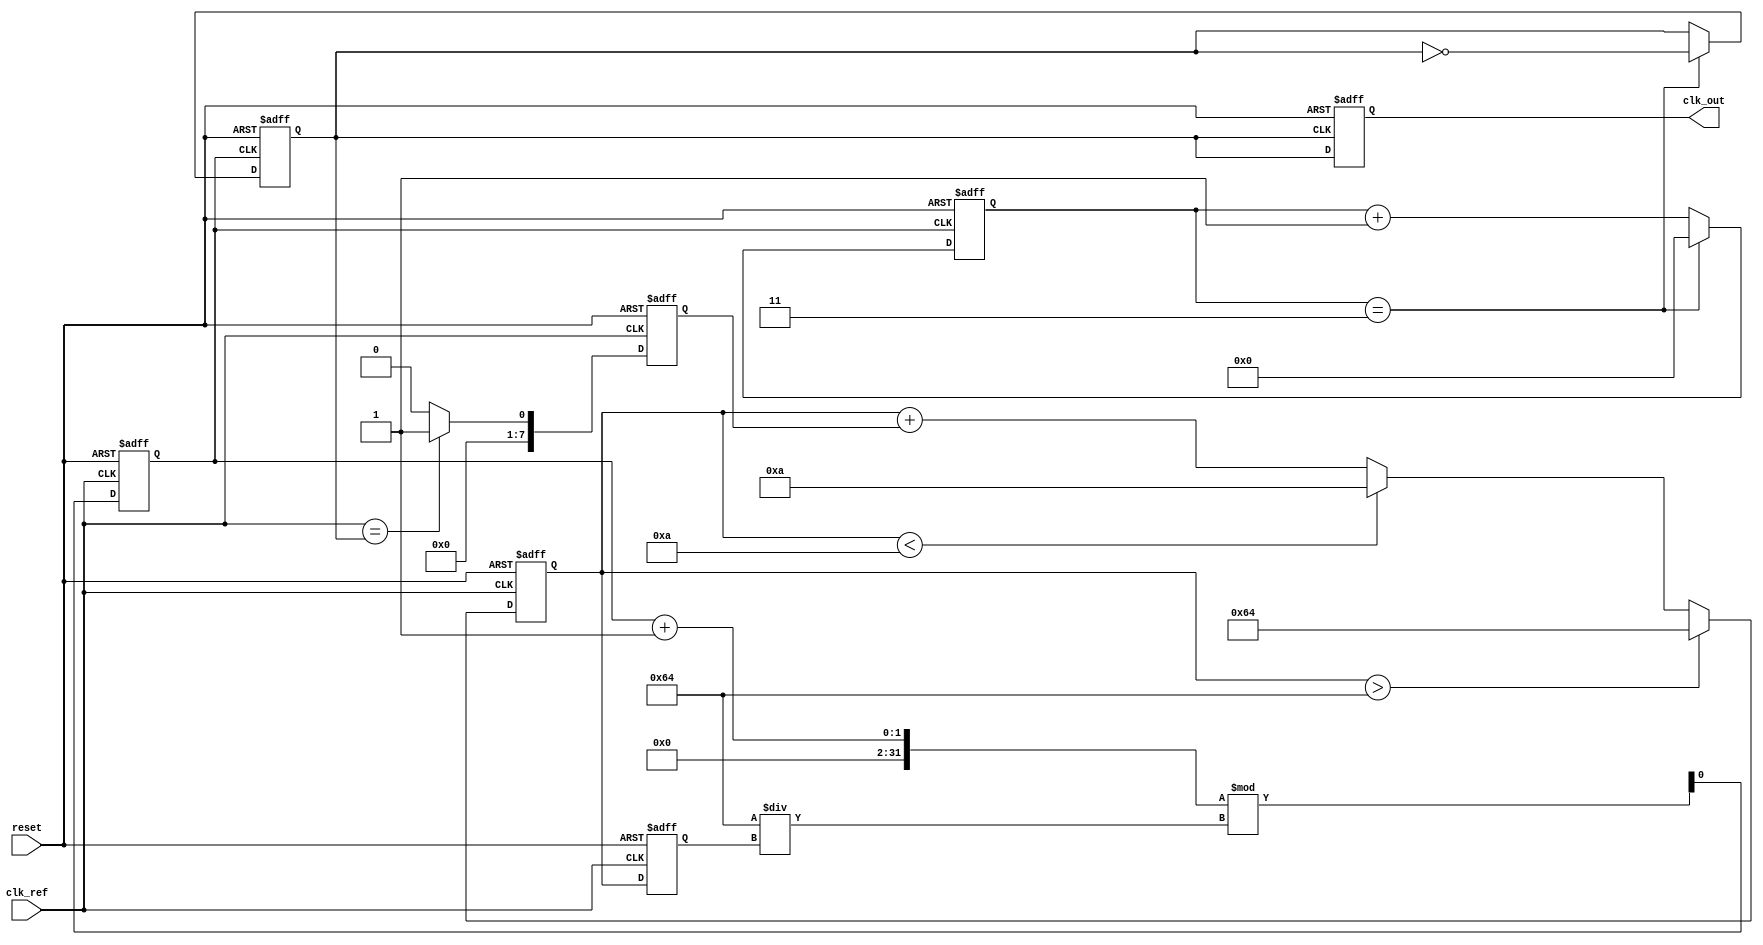
module dual_loop_pll (
    input wire clk_ref,          // Reference clock input
    input wire reset,           // Asynchronous reset
    output reg clk_out          // Output clock
);

// Parameters
parameter DIV_FACTOR = 4;     // Frequency divider factor
parameter VCO_MAX_FREQ = 100; // Maximum VCO frequency (arbitrary units)
parameter VCO_MIN_FREQ = 10;  // Minimum VCO frequency (arbitrary units)

// Internal signals
reg [7:0] phase_error;         // Phase error signal
reg [7:0] control_voltage;      // Control voltage for VCO
reg [7:0] vco_freq;            // Current VCO frequency
reg [7:0] divider_count;       // Divider count for frequency division
reg clk_vco;                   // VCO output clock
reg clk_div;                   // Divided clock for outer loop

// Phase Detector (PD)
always @(posedge clk_ref or posedge reset) begin
    if (reset) begin
        phase_error <= 0;
    end else begin
        // Simple phase error detection (for illustration)
        phase_error <= (clk_ref == clk_div) ? 1 : 0;
    end
end

// Loop Filter (LF)
always @(posedge clk_ref or posedge reset) begin
    if (reset) begin
        control_voltage <= 0;
    end else begin
        // Simple loop filter (integrator)
        control_voltage <= control_voltage + phase_error;
        // Limit control voltage to VCO range
        if (control_voltage > VCO_MAX_FREQ)
            control_voltage <= VCO_MAX_FREQ;
        else if (control_voltage < VCO_MIN_FREQ)
            control_voltage <= VCO_MIN_FREQ;
    end
end

// Voltage-Controlled Oscillator (VCO)
always @(posedge clk_ref or posedge reset) begin
    if (reset) begin
        vco_freq <= VCO_MIN_FREQ;
        clk_vco <= 0;
    end else begin
        vco_freq <= control_voltage; // VCO frequency controlled by voltage
        clk_vco <= (clk_vco + 1) % (VCO_MAX_FREQ / vco_freq); // Generate VCO clock
    end
end

// Frequency Divider
always @(posedge clk_vco or posedge reset) begin
    if (reset) begin
        divider_count <= 0;
        clk_div <= 0;
    end else begin
        if (divider_count == DIV_FACTOR - 1) begin
            clk_div <= ~clk_div; // Toggle divided clock
            divider_count <= 0;
        end else begin
            divider_count <= divider_count + 1;
        end
    end
end

// Output Clock Generation
always @(posedge clk_div or posedge reset) begin
    if (reset) begin
        clk_out <= 0;
    end else begin
        clk_out <= clk_div; // Output clock is the divided clock
    end
end

endmodule